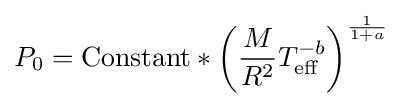
P_{0}={\text{Constant}}*\left({\frac {M}{R^{2}}}T_{\text{eff}}^{-b}\right)^{\frac {1}{1+a}}